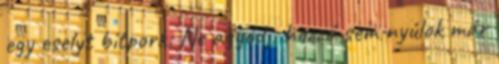
egy eselyt bitpork: Ne aggódj, hozzá sem nyúlok már